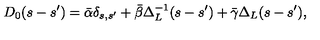
D _ { 0 } ( s - s ^ { \prime } ) = \bar { \alpha } \delta _ { s , s ^ { \prime } } + \bar { \beta } \Delta _ { L } ^ { - 1 } ( s - s ^ { \prime } ) + \bar { \gamma } \Delta _ { L } ( s - s ^ { \prime } ) ,